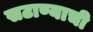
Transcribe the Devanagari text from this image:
सटाण्याची